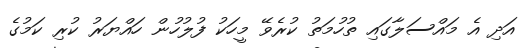
އަދި އެ މައްސަލާގައި ތުހުމަތު ކުރެވޭ މީހަކު ފުލުހުން ހައްޔަރު ކުރި ކަމުގެ